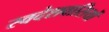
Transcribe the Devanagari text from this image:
स्वदेशवासियों